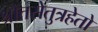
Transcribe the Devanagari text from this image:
श्रौतसेतुत्रहेतो